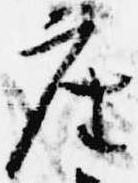
座